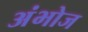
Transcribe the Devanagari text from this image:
अंभोज